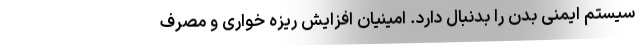
سیستم ایمنی بدن را بدنبال دارد. امینیان افزایش ریزه خواری و مصرف